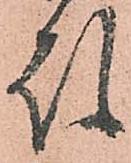
殿